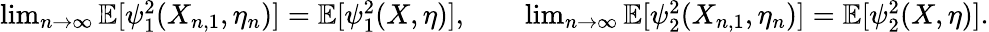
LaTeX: \begin{array}{r}{\operatorname*{lim}_{n\rightarrow\infty}\mathbb{E}[\psi_{1}^{2}(X_{n,1},\eta_{n})]=\mathbb{E}[\psi_{1}^{2}(X,\eta)],\qquad\operatorname*{lim}_{n\rightarrow\infty}\mathbb{E}[\psi_{2}^{2}(X_{n,1},\eta_{n})]=\mathbb{E}[\psi_{2}^{2}(X,\eta)].}\end{array}